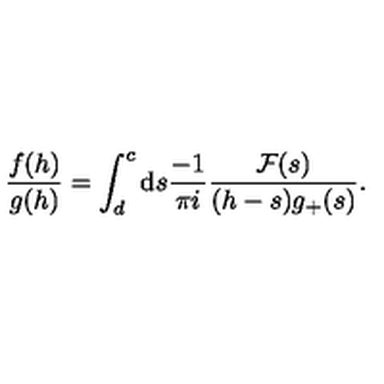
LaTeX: \frac { f ( h ) } { g ( h ) } = \int _ { d } ^ { c } \mathrm { d } s \frac { - 1 } { \pi i } \frac { { \cal F } ( s ) } { ( h - s ) g _ { + } ( s ) } .